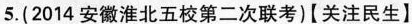
5.（2014安徽淮北五校第二次联考）【关注民生】